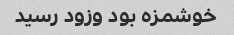
خوشمزه بود وزود رسید